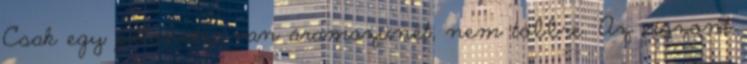
Csak egy pillanatra van áramszünet, nem többre. Az viszont